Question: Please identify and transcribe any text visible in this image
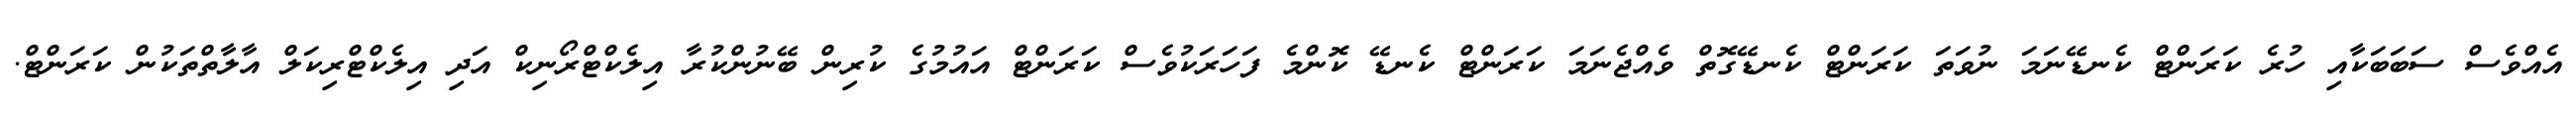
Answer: އެއްވެސް ސަބަބަކާއި ހުރެ ކަރަންޓް ކެނޑޭނަމަ ނުވަތަ ކަރަންޓް ކެނޑޭގޮތް ވެއްޖެނަމަ ކަރަންޓް ކެނޑޭ ކޮންމެ ފަހަރަކުވެސް ކަރަންޓް އައުމުގެ ކުރިން ބޭނުންކުރާ އިލެކްޓްރޯނިކް އަދި އިލެކްޓްރިކަލް އާލާތްތަކުން ކަރަންޓް.